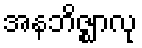
အနဘိဇ္ဈာလု